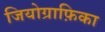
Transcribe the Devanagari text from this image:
जियोग्राफ़िका